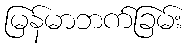
မြန်မာဘက်ခြမ်း